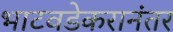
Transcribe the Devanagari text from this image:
भाटवडेकरानंतर